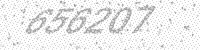
Solution: 656207